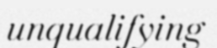
unqualifying